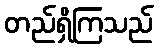
တည်ရှိကြသည်